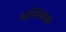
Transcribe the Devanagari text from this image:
अस्थिसंधान